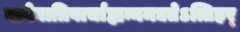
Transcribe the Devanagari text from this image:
वागेवात्रिवार्चाह्यन्नमद्यतेऽत्तिहर्